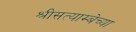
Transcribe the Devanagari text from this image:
श्रीसत्याम्बेच्या